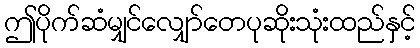
ဤပိုက်ဆံမျှင်လျှော်တေပုဆိုးသုံးထည်နှင့်